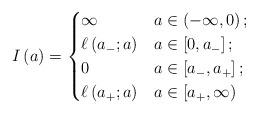
LaTeX: \begin{align*}I \left( a \right) = \begin{cases} \infty & a \in \left( -\infty,0 \right);\\ \ell \left( a_{-} ; a \right) & a \in \left[ 0,a_{-} \right];\\ 0 & a \in \left[ a_{-} , a_{+} \right];\\ \ell \left( a_{+} ; a \right) & a \in \left[ a_{+},\infty \right) \end{cases}\end{align*}